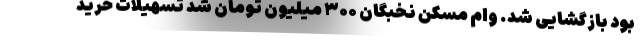
بود بازگشایی شد. وام مسکن نخبگان ۳۰۰ میلیون تومان شد تسهیلات خرید